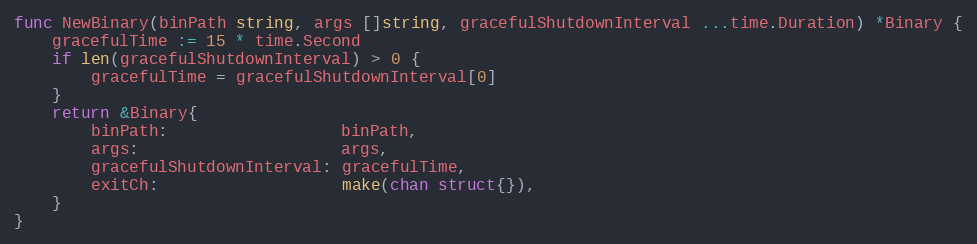
Language: Go
func NewBinary(binPath string, args []string, gracefulShutdownInterval ...time.Duration) *Binary {
	gracefulTime := 15 * time.Second
	if len(gracefulShutdownInterval) > 0 {
		gracefulTime = gracefulShutdownInterval[0]
	}
	return &Binary{
		binPath:                  binPath,
		args:                     args,
		gracefulShutdownInterval: gracefulTime,
		exitCh:                   make(chan struct{}),
	}
}